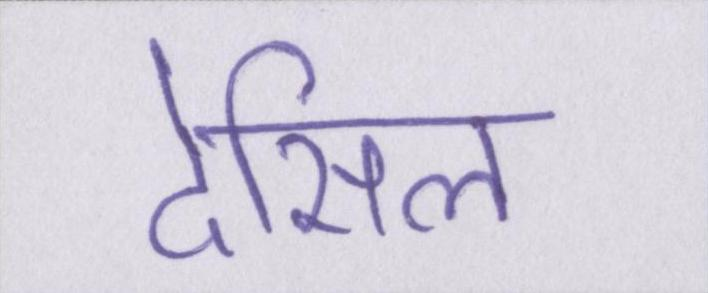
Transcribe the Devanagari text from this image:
देसिल